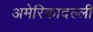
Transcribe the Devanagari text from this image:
अमेरिकादल्ली